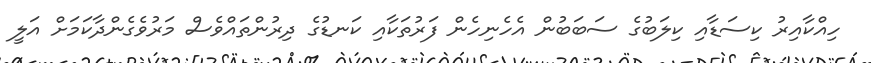
ހިއްކާއިރު ކިސަޑާއި ކިލަބުގެ ސަބަބުން އެހެނިހެން ފަރުތަކާއި ކަނޑުގެ ދިރުންތައްވެސް މަރުވެގެންދާކަމަށް އަލީ